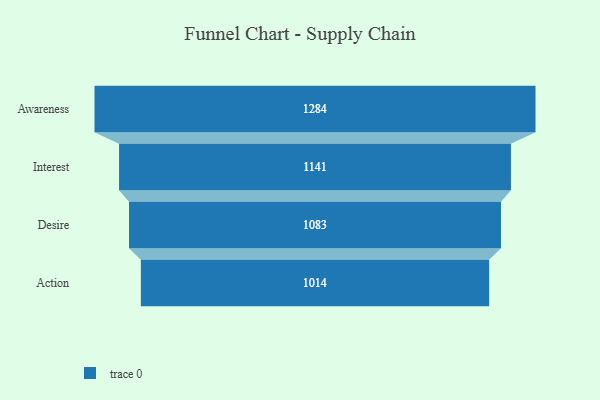
{"axis": {"x": "Stage", "y": "Value"}, "legend": [""], "data": [{"x": "Awareness", "y": 1284.0, "type": ""}, {"x": "Interest", "y": 1141.0, "type": ""}, {"x": "Desire", "y": 1083.0, "type": ""}, {"x": "Action", "y": 1014.0, "type": ""}]}